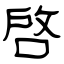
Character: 啓